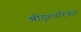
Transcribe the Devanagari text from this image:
श्रीगुरुचरित्रात